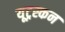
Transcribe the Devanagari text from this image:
यूट्रस्कन